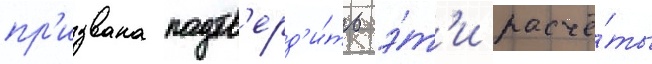
пр'извана подтв'ерд'и́ть э́т'и расчё́ты